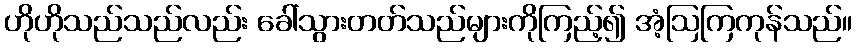
ဟိုဟိုသည်သည်လည်း ခေါ်သွားတတ်သည်များကိုကြည့်၍ အံ့ဩကြကုန်သည်။